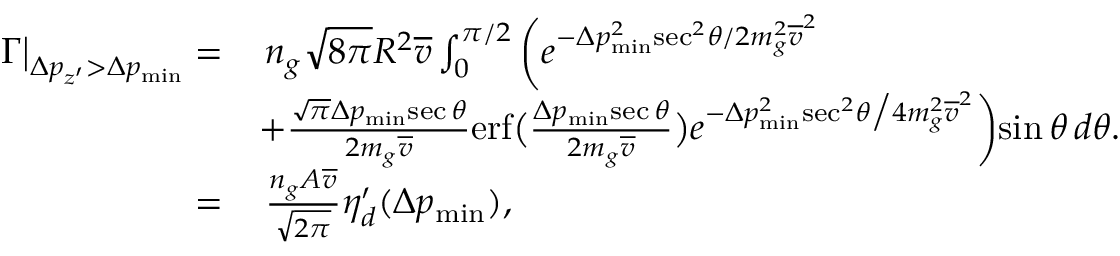
\begin{array} { r l } { \Gamma \big | _ { \Delta p _ { z ^ { \prime } } > \Delta p _ { \mathrm { m i n } } } = } & { \, n _ { g } \sqrt { 8 \pi } R ^ { 2 } \overline { { v } } \int _ { 0 } ^ { \pi / 2 } \bigg ( e ^ { - \Delta p _ { \mathrm { m i n } } ^ { 2 } \mathrm { s e c } ^ { 2 } \theta / 2 m _ { g } ^ { 2 } \overline { { v } } ^ { 2 } } } \\ & { + \frac { \sqrt { \pi } \Delta p _ { \mathrm { m i n } } \mathrm { s e c } \, \theta } { 2 m _ { g } \overline { { v } } } \mathrm { e r f } \big ( \frac { \Delta p _ { \mathrm { m i n } } \mathrm { s e c } \, \theta } { 2 m _ { g } \overline { { v } } } \big ) e ^ { - \Delta p _ { \mathrm { m i n } } ^ { 2 } \mathrm { s e c } ^ { 2 } \theta \big / 4 m _ { g } ^ { 2 } \overline { { v } } ^ { 2 } } \bigg ) \mathrm { s i n } \, \theta \, d \theta . } \\ { = } & { \, \frac { n _ { g } A \overline { { v } } } { \sqrt { 2 \pi } } \eta _ { d } ^ { \prime } ( \Delta p _ { \mathrm { m i n } } ) , } \end{array}